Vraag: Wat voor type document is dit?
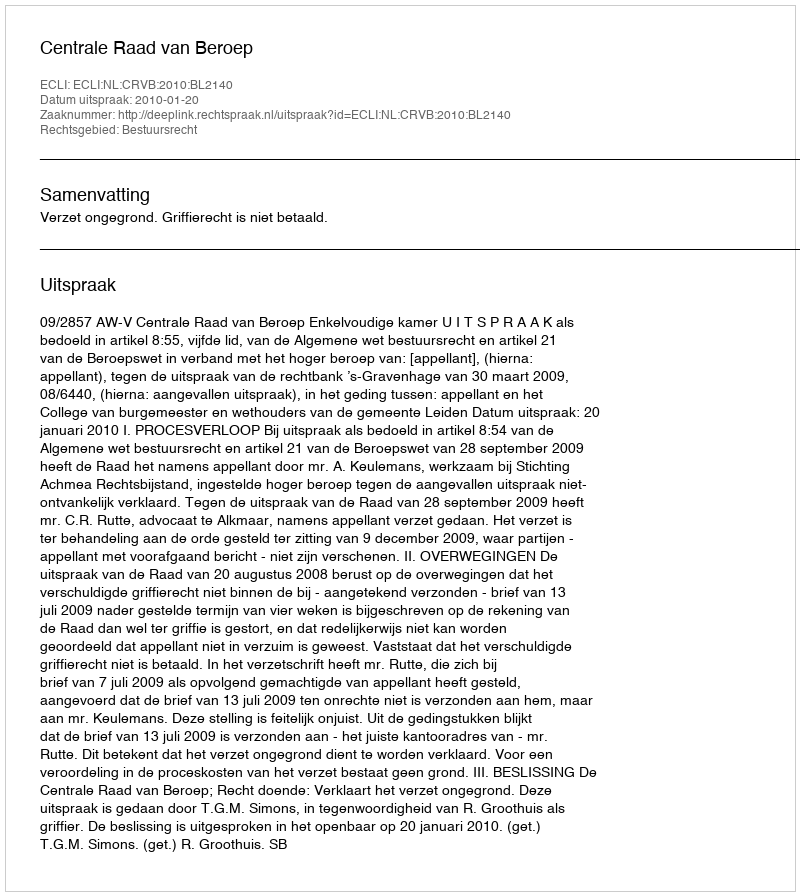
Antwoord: Uitspraak